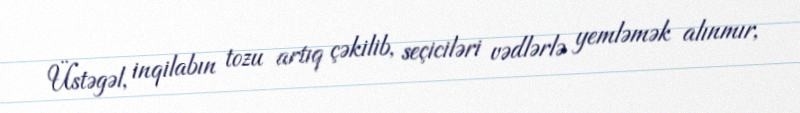
Üstəgəl, inqilabın tozu artıq çəkilib, seçiciləri vədlərlə yemləmək alınmır,